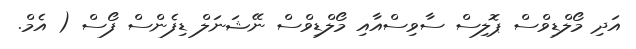
އަދި މޯލްޑިވްސް ޕޮލިސް ސާވިސްއާއި މޯލްޑިވްސް ނޭޝަނަލް ޑިފެންސް ފޯސް ( އެމް.